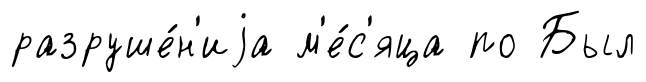
разруше́н'иjа м'е́с'яца по Был